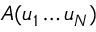
A ( u _ { 1 } \dots u _ { N } )